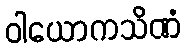
ဝါယောကသိဏံ